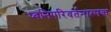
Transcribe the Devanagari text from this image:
ध्वनिपरिवर्तनात्मक